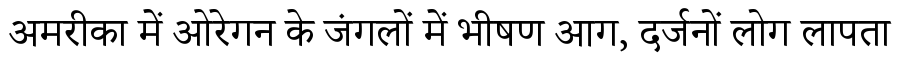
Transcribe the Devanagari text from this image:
अमरीका में ओरेगन के जंगलों में भीषण आग, दर्जनों लोग लापता